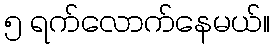
၅ ရက်လောက်နေမယ်။